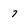
Character: 7